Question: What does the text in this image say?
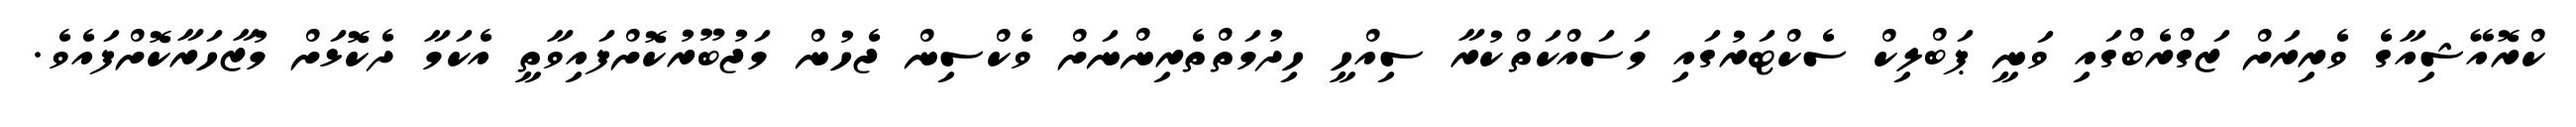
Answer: ކްރޮއޭޝިއާގެ ވެރިރަށް ޒަގްރެބްގައި ވަނީ ޕަބްލިކް ސެކްޓަރުގައި މަސައްކަތްކުރާ ސިއްހީ ހިދުމަތްތެރިންނަށް ވެކްސިން ޖެހުން މަޖުބޫރުކޮށްފައިވާތީ އެކަމާ ދެކޮޅަށް މުޒާހަރާކޮށްފައެވެ.